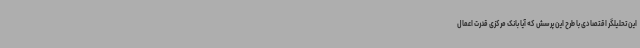
این تحلیلگر اقتصادی با طرح این پرسش که آیا بانک مرکزی قدرت اعمال